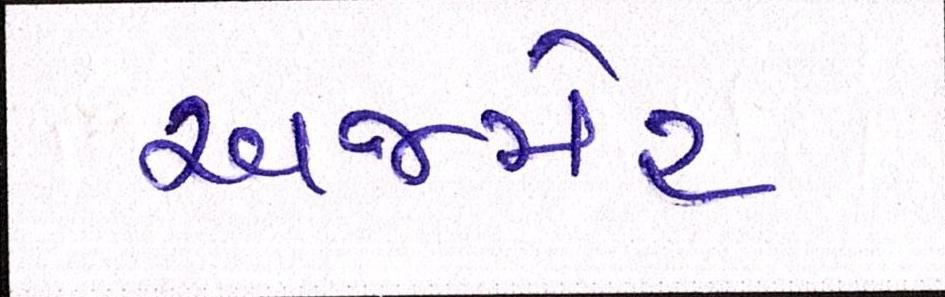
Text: અજમેર